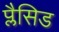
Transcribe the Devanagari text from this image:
प्लैसिड